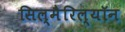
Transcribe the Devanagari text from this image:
सिल्मैरिल्यॉन